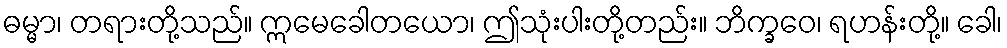
ဓမ္မာ၊ တရားတို့သည်။ ဣမေခေါတယော၊ ဤသုံးပါးတို့တည်း။ ဘိက္ခဝေ၊ ရဟန်းတို့။ ခေါ၊